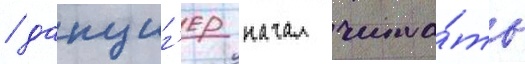
/ данциг'ер начал чита́ть